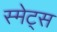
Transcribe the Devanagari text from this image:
स्मेट्स